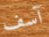
آسف